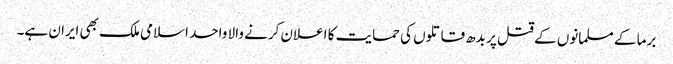
برما کے مسلمانوں کے قتل پر بدھ قاتلوں کی حمایت کا اعلان کرنے والا واحد اسلامی ملک بھی ایران ہے۔